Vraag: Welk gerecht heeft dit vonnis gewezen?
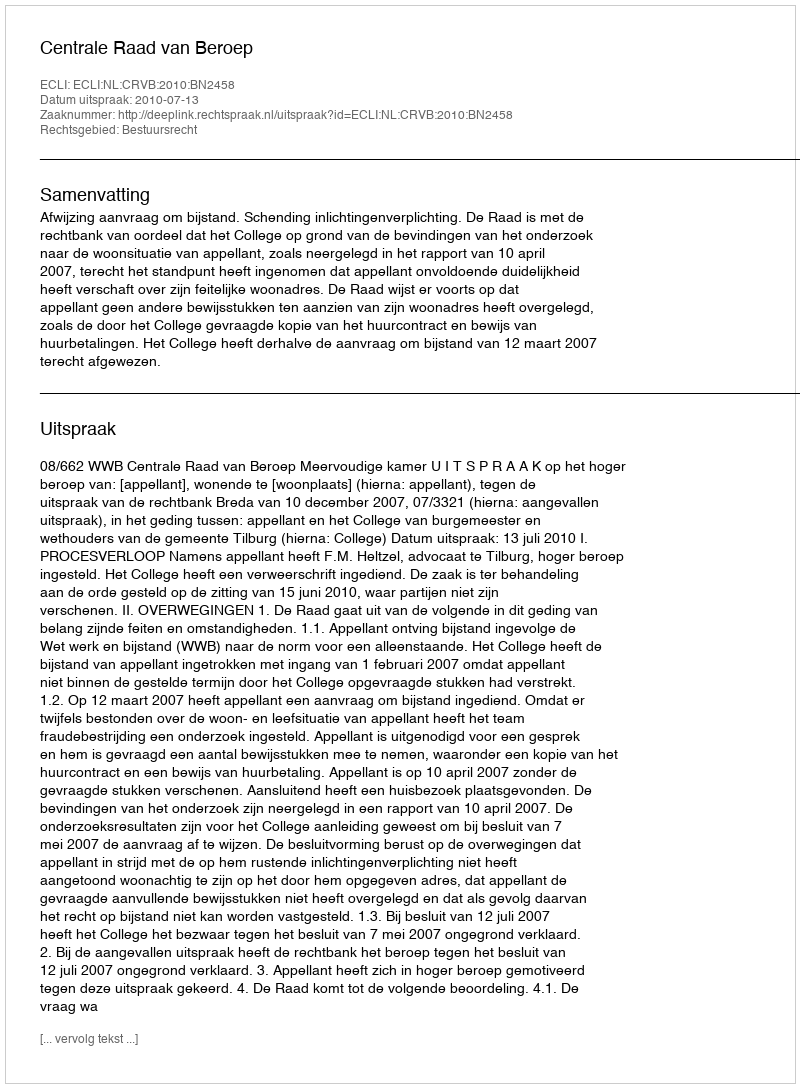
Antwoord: Centrale Raad van Beroep